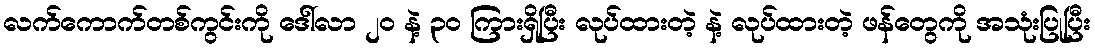
လက်ကောက်တစ်ကွင်းကို ဒေါ်လာ ၂၀ နဲ့ ၃၀ ကြားရှိပြီး လုပ်ထားတဲ့ နဲ့ လုပ်ထားတဲ့ ဖန်တွေကို အသုံးပြုပြီး